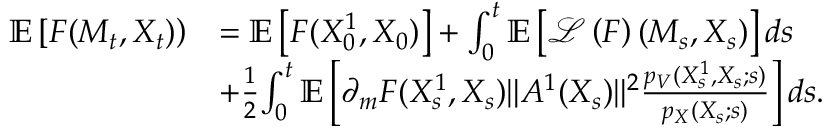
\begin{array} { r l } { { \mathbb E } \left[ F ( M _ { t } , X _ { t } ) \right) } & { = { \mathbb E } \left[ F ( X _ { 0 } ^ { 1 } , X _ { 0 } ) \right] + \int _ { 0 } ^ { t } { \mathbb E } \left[ { \mathcal L } \left( F \right) ( M _ { s } , X _ { s } ) \right] d s } \\ & { + \frac { 1 } { 2 } { \int _ { 0 } ^ { t } { \mathbb E } \left[ \partial _ { m } F ( X _ { s } ^ { 1 } , { X _ { s } } ) \| A ^ { 1 } ( X _ { s } ) \| ^ { 2 } \frac { p _ { V } ( X _ { s } ^ { 1 } , { X _ { s } } ; s ) } { p _ { X } ( X _ { s } ; s ) } \right] d s . } } \end{array}